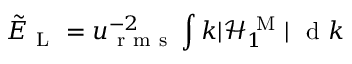
\tilde { E } _ { \mathrm { ~ L ~ } } = u _ { \mathrm { ~ r ~ m ~ s ~ } } ^ { - 2 } \int k | \mathcal { H } _ { 1 } ^ { \mathrm { ~ M ~ } } | \ \mathrm { ~ d ~ } k